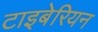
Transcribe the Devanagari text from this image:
टाइबेरियन